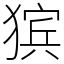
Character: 㺍